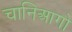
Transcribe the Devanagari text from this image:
चानिआगो